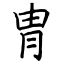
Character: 冑